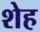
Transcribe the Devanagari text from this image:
शेह